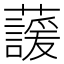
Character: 蘐